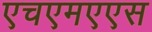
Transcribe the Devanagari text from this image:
एचएमएएस